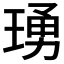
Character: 𬍺